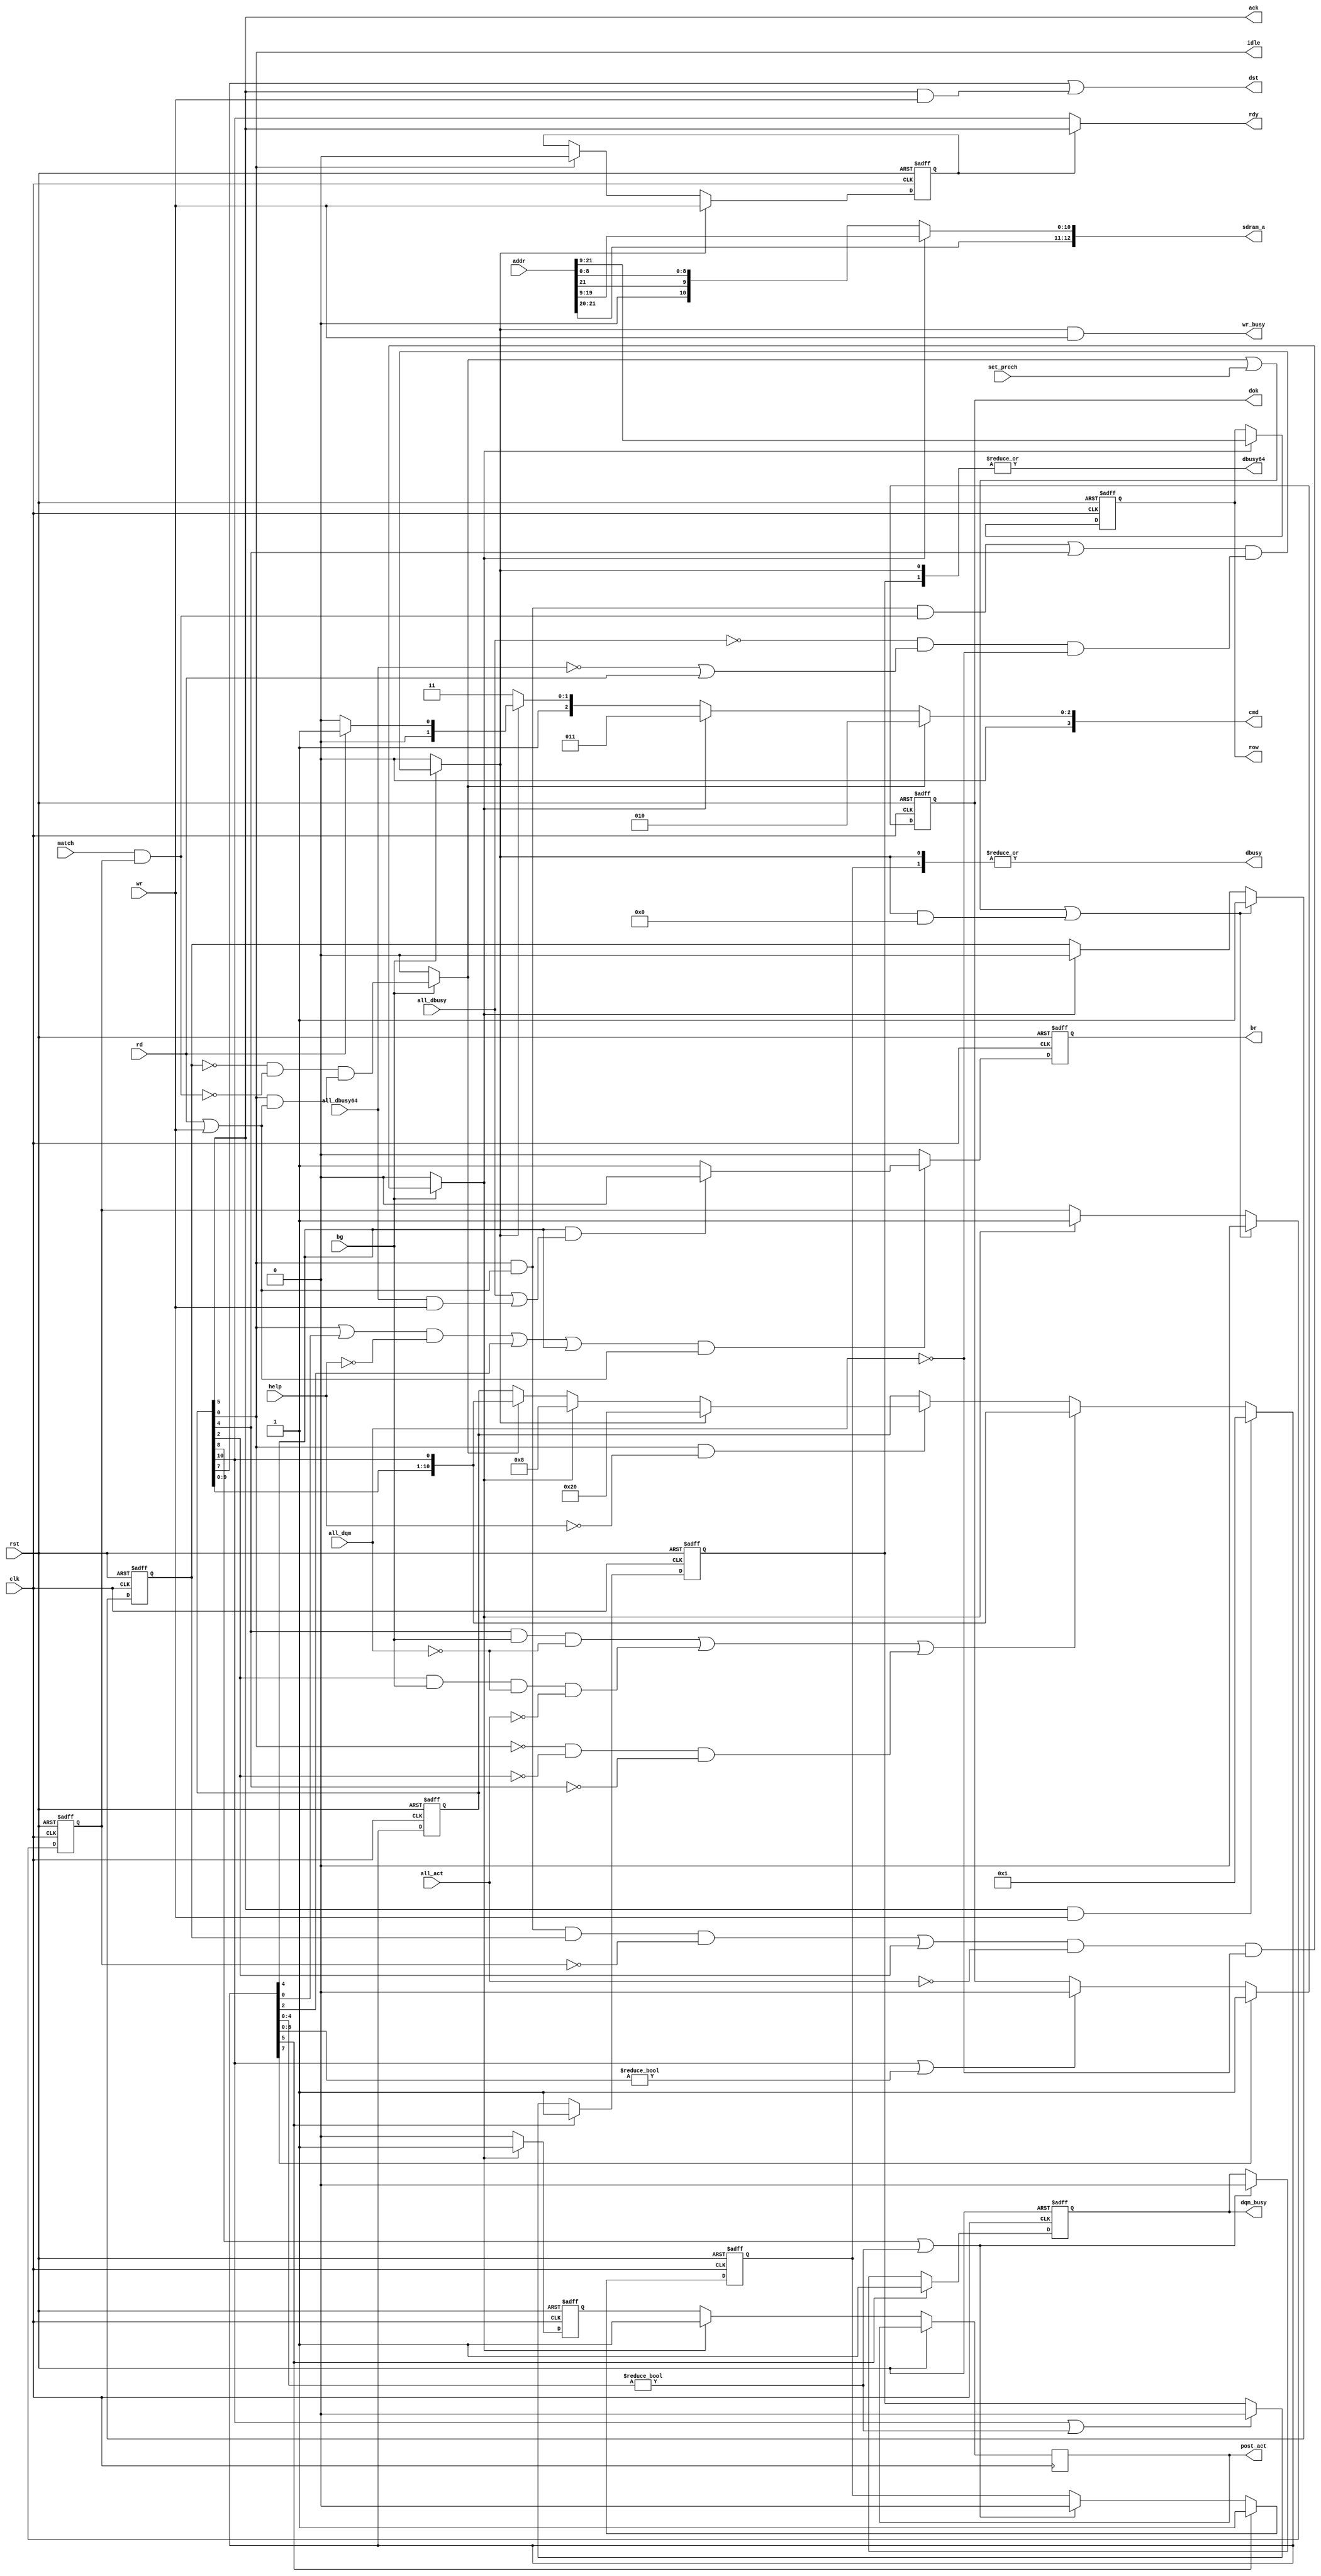
// This program was cloned from: https://github.com/jotego/jtcores
// License: GNU General Public License v3.0

/*  This file is part of JTFRAME.
    JTFRAME program is free software: you can redistribute it and/or modify
    it under the terms of the GNU General Public License as published by
    the Free Software Foundation, either version 3 of the License, or
    (at your option) any later version.

    JTFRAME program is distributed in the hope that it will be useful,
    but WITHOUT ANY WARRANTY; without even the implied warranty of
    MERCHANTABILITY or FITNESS FOR A PARTICULAR PURPOSE.  See the
    GNU General Public License for more details.

    You should have received a copy of the GNU General Public License
    along with JTFRAME.  If not, see <http://www.gnu.org/licenses/>.

    Author: Jose Tejada Gomez. Twitter: @topapate
    Version: 1.0
    Date: 29-4-2021 */

// SDRAM is set to burst=2 (64 bits)

module jtframe_sdram64_bank #(
    parameter AW=22,
              HF=1,     // 1 for HF operation (idle cycles), 0 for LF operation
                        // HF operation starts at 66.6MHz (1/15ns)
              SHIFTED      =0,
              AUTOPRECH    =0,
              PRECHARGE_ALL=0,
              BALEN        =64, // 16, 32 or 64 bits
              BURSTLEN     =64,
              READONLY     =0   // set to 1 if ALL BANKS can only read
                                // this will make dbusy64 match dbusy
)(
    input               rst,
    input               clk,
    input               help,

    // requests
    input      [AW-1:0] addr,
    input               rd,
    input               wr,

    output              ack,
    output              dst,    // data starts
    output reg          dok,    // data ok
    output              rdy,
    input               set_prech,

    output              dbusy,      // DQ bus busy (read values only)
    output              dbusy64,    // DQ bus busy (the full four clock cycles)
    output reg          dqm_busy,   // DQM lines are used
    output reg          wr_busy,    // output access to DQ bus
    input               all_dbusy,
    input               all_dbusy64,
    input               all_dqm,
    output              idle,

    output reg          post_act, // cycles banned for activate (tRRD)
    input               all_act,

    // row matching
    output reg  [12:0]  row,
    input               match,

    // SDRAM interface
    output reg          br, // bus request
    input               bg, // bus grant

    // SDRAM_A[12:11] and SDRAM_DQML/H are controlled in a way
    // that can be joined together thru an OR operation at a
    // higher level. This makes it possible to short the pins
    // of the SDRAM, as done in the MiSTer 128MB module
    output reg  [12:0]  sdram_a,        // SDRAM Address bus 13 Bits
    output reg  [ 3:0]  cmd
);

localparam ROW=13,
           COW= AW==22 ? 9 : 10; // 9 for 32MB SDRAM, 10 for 64MB

// states
localparam IDLE    = 0,
           // AUTOPRECH 1+2(1)
           PRE_ACT = HF ? 2:1,
           ACT     = PRE_ACT+1,
           PRE_RD  = PRE_ACT + (HF ? 2:1),
           READ    = PRE_RD+1,
           DST     = READ + (SHIFTED ? 1 : 2) ,
           DTICKS  = BURSTLEN==64 ? 4 : (BURSTLEN==32?2:1),
           BUSY    = DST+(DTICKS-1),
           RDY     = DST + (BALEN==16 ? 0 : (BALEN==32? 1 : 3)),
           STW     = BUSY + 1 + {2'd0,AUTOPRECH[0]};

//                             /CS /RAS /CAS /WE
localparam CMD_LOAD_MODE   = 4'b0___0____0____0, // 0
           CMD_REFRESH     = 4'b0___0____0____1, // 1
           CMD_PRECHARGE   = 4'b0___0____1____0, // 2
           CMD_ACTIVE      = 4'b0___0____1____1, // 3
           CMD_WRITE       = 4'b0___1____0____0, // 4
           CMD_READ        = 4'b0___1____0____1, // 5
           CMD_STOP        = 4'b0___1____1____0, // 6 Burst terminate
           CMD_NOP         = 4'b0___1____1____1, // 7
           CMD_INHIBIT     = 4'b1___0____0____0; // 8

localparam [STW-1:0] ONE   = 1;
/*
`ifdef SIMULATION
initial begin
    $display("%m\n\tREAD=%2d\n\tDST=%2d\n\tRDY=%2d\n\tSTW=%2d",READ,DST,RDY,STW);
end
`endif
*/
reg            actd, prechd;
wire [ROW-1:0] addr_row;
reg  [STW-1:0] st, next_st, rot_st;
reg            last_act;
wire           rd_wr;

reg            do_prech, do_act, do_read, written;

// state phases
reg            in_busy, in_busy64;

// SDRAM pins
assign ack      = st[READ],
       dst      = st[DST] | (st[READ] & wr),
       dbusy    = |{in_busy, do_read},
       dbusy64  = READONLY ? dbusy : |{in_busy64, do_read},
       rdy      = (written && !AUTOPRECH) ? st[READ] : st[RDY],
       addr_row = AW==22 ? addr[AW-1:AW-ROW] : addr[AW-2:AW-1-ROW],
       rd_wr    = rd | wr,
       idle     = st[0];

always @(posedge clk, posedge rst) begin
    if( rst ) begin
        in_busy   <= 0; // |st[ (BALEN==16? READ+1 : RDY-2):READ]
        in_busy64 <= 0; // |{st[BUSY:READ], do_read}
        dok       <= 0; // |st[RDY:DST]
        dqm_busy  <= 0; // |{st[RDY-2:READ]}
    end else begin
        if(next_st[READ]) in_busy <= 1;
        else if( st[(BALEN==16? READ+1 : RDY-2)] || next_st[READ-1:0]!=0 ) in_busy<=0;

        if(next_st[READ]) in_busy64 <= 1;
        else if( st[BUSY] || next_st[READ-1:0]!=0 ) in_busy64<=0;

        if(next_st[DST]) dok<=1;
        else if( st[RDY] || next_st[DST-1:0]!=0 ) dok <= 0;

        if(next_st[READ]) dqm_busy<=1;
        else if(st[RDY-2] || next_st[READ-1:0]!=0) dqm_busy<=0;

    end
end

always @(*) begin
    rot_st  = { st[STW-2:0], st[STW-1] };
    next_st = st;
    if( st[IDLE] & ~help) begin
        if(do_prech) next_st = rot_st;
        if(do_act  ) next_st = ONE<<ACT;
        if(do_read ) next_st = ONE<<READ;
    end
    if( ( st[PRE_RD]  && bg && !all_dqm            ) ||
        ( st[PRE_ACT] && bg && !all_dqm && !all_act) ||
        ( !st[IDLE] && !st[PRE_ACT] && !st[PRE_RD] ) )
          next_st = rot_st;
    if( st[READ] && wr && !AUTOPRECH)
        next_st = 1; // writes finish earlier
end

wire row_match = match && actd && !AUTOPRECH[0];

always @(*) begin
    do_prech = 0;
    do_act   = 0;
    do_read  = 0;
    if( bg ) begin
        do_prech = !prechd && !row_match // not a good address
                && (st[IDLE]&&rd_wr);

        do_act  = ((st[IDLE] & rd_wr & prechd & ~actd) | st[PRE_ACT])
                   & ~all_act & ~all_dqm;

        do_read = ((st[IDLE] & rd_wr & row_match) | st[PRE_RD]) &
                    (~all_dbusy & (~all_dbusy64 | rd) & ~all_dqm);
    end
end

generate
    if( HF==1 ) begin
        always @(posedge clk, posedge rst) begin
            if( rst ) begin
                br <= 0;
            end else begin
                br <= 0;
                if( ( ((st[IDLE] || next_st[IDLE])&&!help) || next_st[PRE_ACT] || next_st[PRE_RD]) && rd_wr ) begin
                    br <= 1;
                    if( next_st[PRE_RD] & (all_dbusy | (all_dbusy64&wr)) ) br <= 0; // Do not try to request
                end
            end
        end
    end else begin
        always @(*) begin
            br = 0;
            if( ( (st[IDLE]&&!help) || st[PRE_ACT] || st[PRE_RD]) && rd_wr ) begin
                br = 1;
                if( st[PRE_RD] & (all_dbusy | (all_dbusy64&wr)) ) br = 0; // Do not try to request
            end
        end
    end
endgenerate

// module outputs
always @(*) begin
    wr_busy = do_read & wr;
    cmd = do_prech ? CMD_PRECHARGE : (
          do_act   ? CMD_ACTIVE    : (
          do_read  ? (rd ? CMD_READ : CMD_WRITE ) : CMD_NOP ));
    sdram_a[12:11] =  addr_row[12:11];
    sdram_a[10:0] = do_act ? addr_row[10:0] :
            { do_read ? AUTOPRECH[0] : PRECHARGE_ALL[0], addr[AW-1], addr[8:0]};
end

always @(posedge clk, posedge rst) begin
    if( rst ) begin
        prechd   <= 0;
        actd     <= 0;
        row      <= 0;
        st       <= 1; // IDLE
        last_act <= 0;
        written  <= 0;
    end else begin
        st       <= next_st;
        if( do_act ) begin
            post_act <= 1;
            last_act <= 1;
        end else begin
            last_act <= 0;
            post_act <= last_act;
        end

        if( do_act ) begin
            row     <= addr_row;
            prechd  <= 0;
            actd    <= 1;
        end

        if( do_read ) written <= wr;
            else if(st[0]) written<=0;

        if( do_prech || set_prech || (do_read && AUTOPRECH)) begin
            prechd <= 1;
            actd   <= 0;
        end
    end
end

endmodule